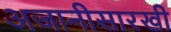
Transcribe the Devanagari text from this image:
अजानीसारखी